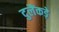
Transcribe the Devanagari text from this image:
दुलैंकड़े